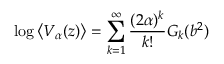
\log \left\langle V _ { \alpha } ( z ) \right\rangle = \sum _ { k = 1 } ^ { \infty } \frac { ( 2 \alpha ) ^ { k } } { k ! } G _ { k } ( b ^ { 2 } )